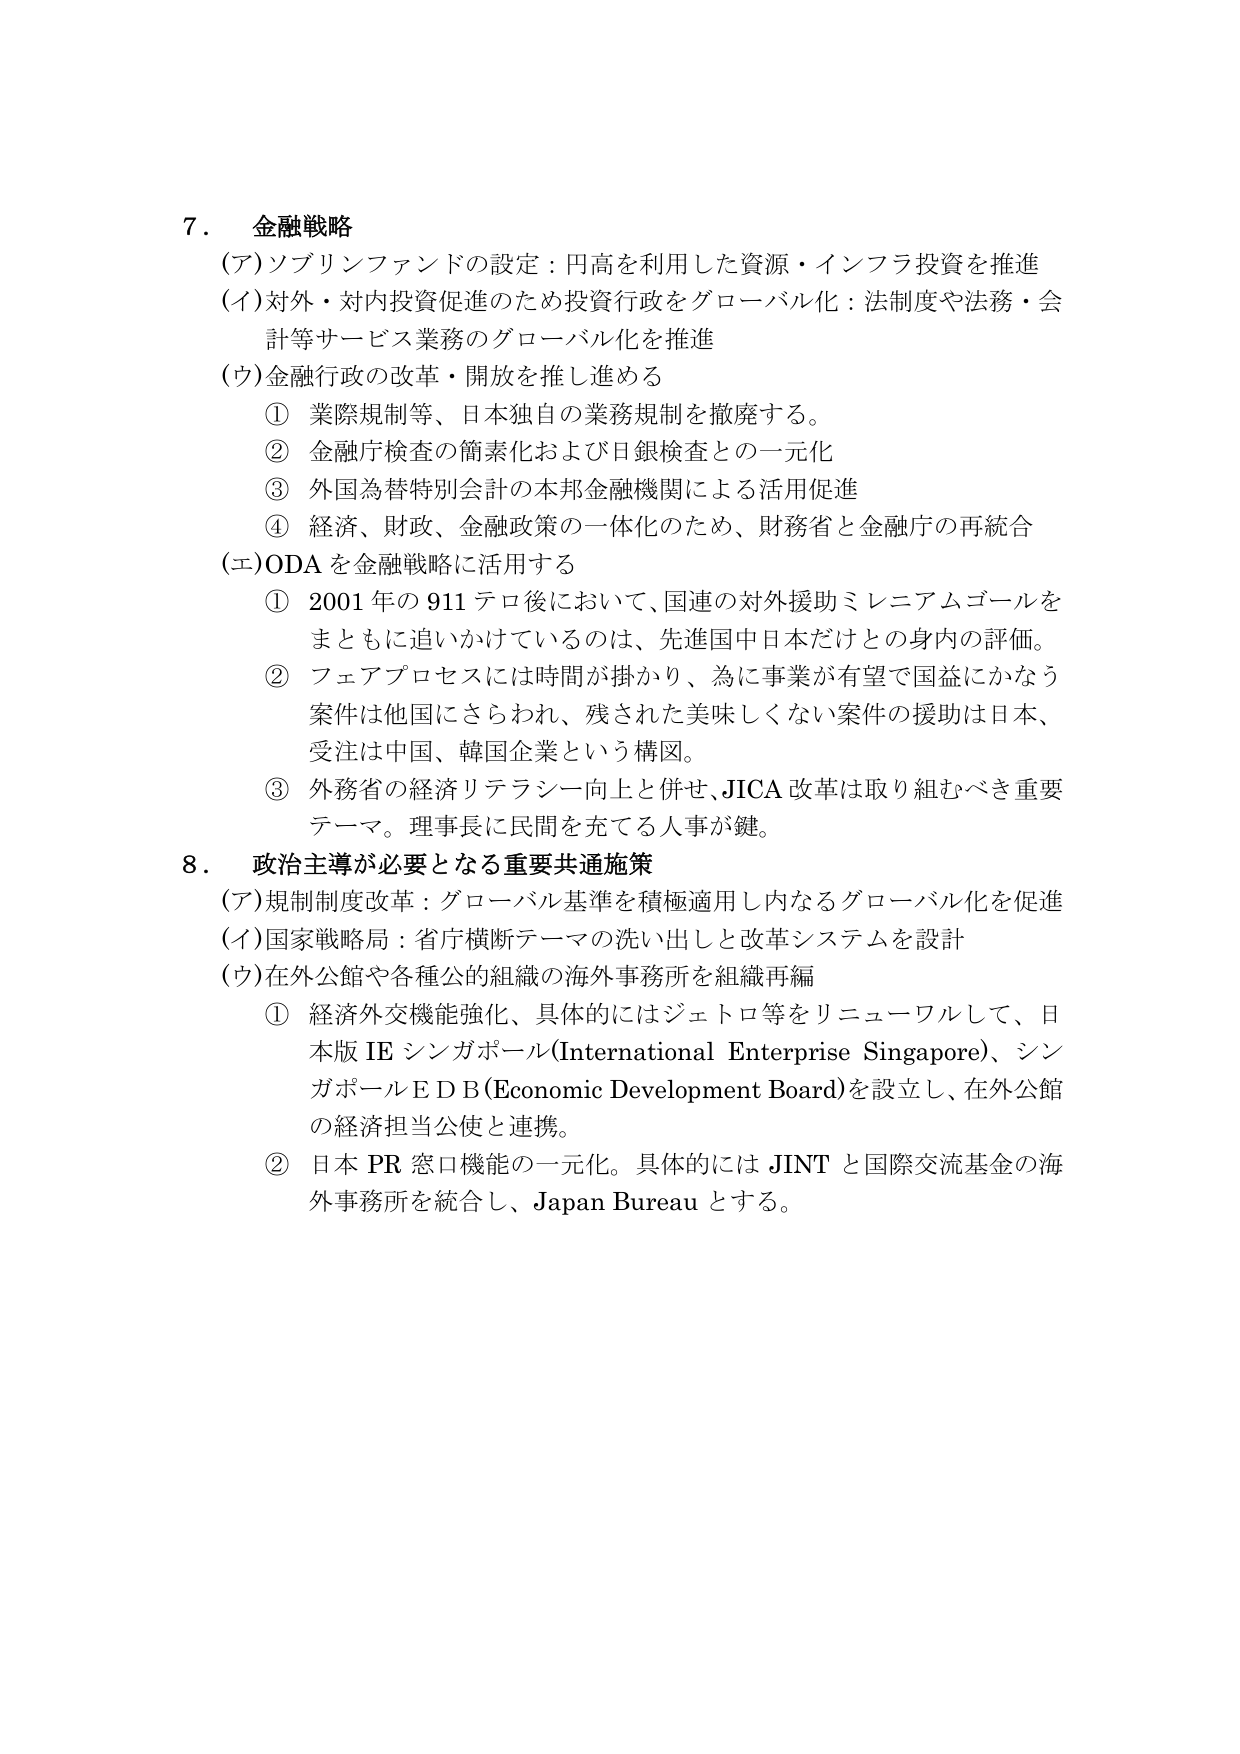
7. 金融戦略
(ア) ソブリンファンドの設定：円高を利用した資源・インフラ投資を推進
(イ) 対外・対内投資促進のため投資行政をグローバル化：法制度や法務・会計等サービス業務のグローバル化を推進
(ウ) 金融行政の改革・開放を推し進める
　① 業際規制等、日本独自の業務規制を撤廃する。
　② 金融庁検査の簡素化および日銀検査との一元化
　③ 外国為替特別会計の本邦金融機関による活用促進
　④ 経済、財政、金融政策の一体化のため、財務省と金融庁の再統合
(エ) ODA を金融戦略に活用する
　① 2001年の911テロ後において、国連の対外援助ミレニアムゴールをまともに追いかけていているのは、先進国中日本だけとの身内の評価。
　② フェアプロセスには時間が掛かり、為に事業が有望で国益にかなう案件は他国にさらわれ、残された美味しくない案件の援助は日本、受注は中国、韓国企業という構図。
　③ 外務省の経済リテラシー向上と併せ、JICA改革は取り組むべき重要テーマ。理事長に民間を充てる人事が鍵。

8. 政治主導が必要となる重要共通施策
(ア) 規制制度改革：グローバル基準を積極適用し内なるグローバル化を促進
(イ) 国家戦略局：省庁横断テーマの洗い出しと改革システムを設計
(ウ) 在外公館や各種公の組織の海外事務所を組織再編
　① 経済外交機能強化、具体的にはジェトロ等をリニューアルして、日本版IEシンガポール(International Enterprise Singapore)、シンガポールEDB(Economic Development Board)を設立し、在外公館の経済担当公使と連携。
　② 日本PR窓口機能の一元化。具体的にはJINTと国際交流基金の海外事務所を統合し、Japan Bureauとする。